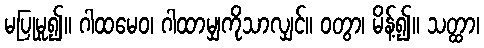
မပြုမူ၍။ ဂါထမေဝ၊ ဂါထာမျှကိုသာလျှင်။ ဝတွာ၊ မိန့်၍။ သတ္ထာ၊